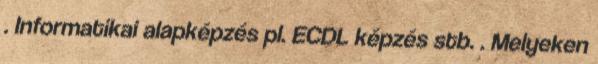
. Informatikai alapképzés pl. ECDL képzés stb. . Melyeken